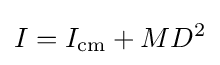
I=I_{\mathrm {cm} }+MD^{2}